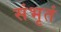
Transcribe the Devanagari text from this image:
संभृतं